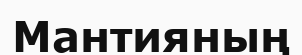
Мантияның